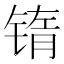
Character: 𰾖